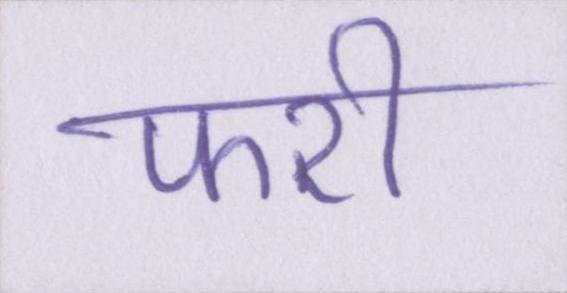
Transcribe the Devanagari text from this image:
फरी